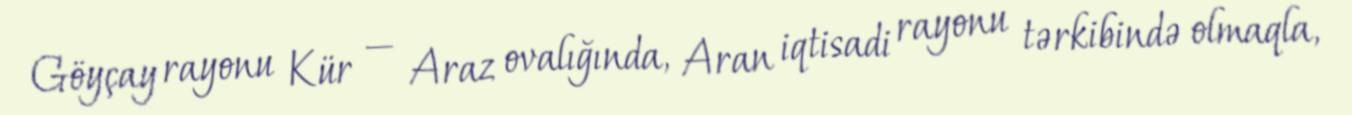
Göyçay rayonu Kür — Araz ovalığında, Aran iqtisadi rayonu tərkibində olmaqla,